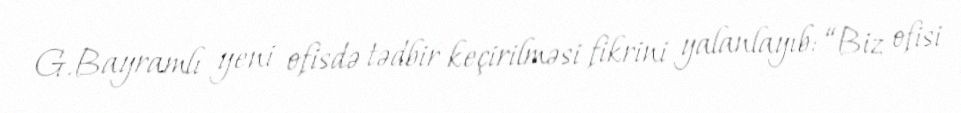
G.Bayramlı yeni ofisdə tədbir keçirilməsi fikrini yalanlayıb: “Biz ofisi